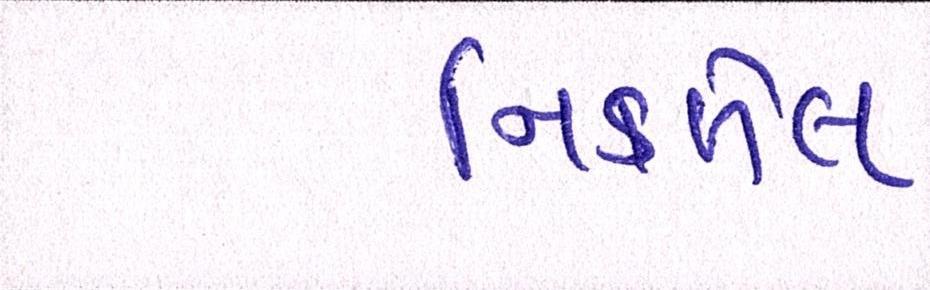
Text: નિકળેલ